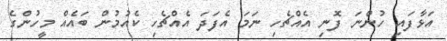
އަޅާފައި ހުންނަ ފޮނި އެއްޗެހި ނަމަ އެފަދަ އެއްޗެހި ކެއުމުން ބައެއް މީހުންގެ